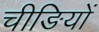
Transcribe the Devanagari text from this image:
चीङियों